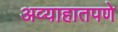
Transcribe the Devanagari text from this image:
अव्याहातपणे